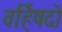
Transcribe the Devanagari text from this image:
वर्हिषदो